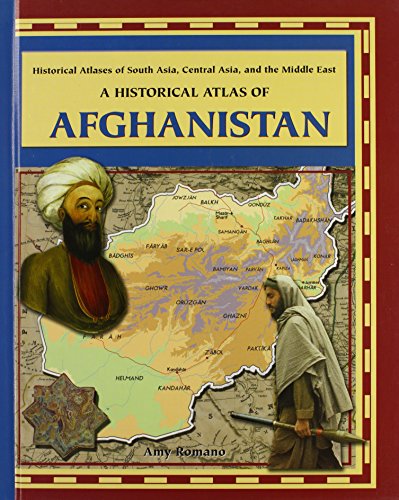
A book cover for A Historical Atlas of Afghanistan (Historical Atlases of South Asia, Central Asia, and the Middle East); Amy Romano; Travel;